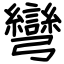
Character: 彎